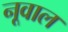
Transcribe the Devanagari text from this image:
नूवाल